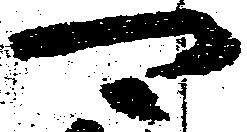
可